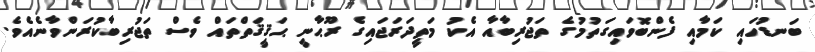
ބަނޑުހައި ކަމާއި ފެންބޮވައިގަތުމުގެ ތަޖުރިބާއާ އެކު މަތީދަރަޖައިގެ ރޫޙާނީ ޙަޤީޤަތްތައް ވެސް ތަޖުރިބާކުރަންވާނެއެވެ.